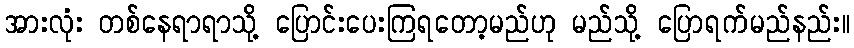
အားလုံး တစ်နေရာရာသို့ ပြောင်းပေးကြရတော့မည်ဟု မည်သို့ ပြောရက်မည်နည်း။